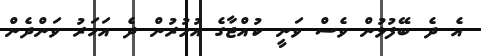
އެ ދެ ބޭފުޅުން ވެސް ވަނީ ކުއްޖާގެ އުމުރުން ދެ އަހަރު ވަންދެން